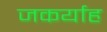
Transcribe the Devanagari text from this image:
जकर्याह